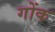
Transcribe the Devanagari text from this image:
गोंक